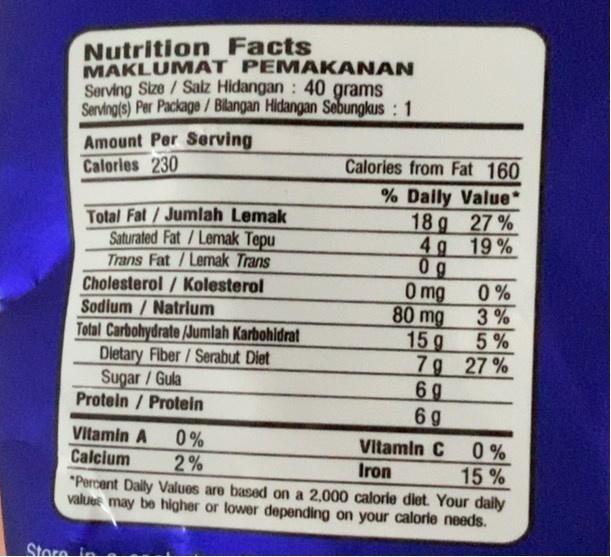
Nutrition Facts MAKLUMAT PEMAKANAN Serving Size/Salz Hidangan : 40 grams Serving(s) Per Package / Bilangan Hidangan Sebungkus : 1
Amount Per Serving Calories 230
Calories from Fat 160
% Dally Value* 18 g 27 % 4g 19% 0g 0 %
Total Fat/Jumlah Lemak Saturated Fat /Lemak Tepu Trans Fat /Lemak Trans Cholesterol / Kolesterol Sodium/ Natrium Total Carbohydrate /Jumlah Karbohldrat Dietary Fiber/Serabut Diet Sugar/Gula Protein / Protein
O mg 80 mg
3% 5%
15 g 7g 27% 6g 6 9 0 % 15%
Vitamin A
0% 2%
Vitamin C
Calcium
Iron
*Percent Dally Values are based on a 2,000 calorie diet. Your daily valuee may be higher or lower depending on your calorie needs.
Store ln